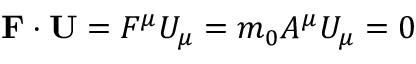
\mathbf { F } \cdot \mathbf { U } = F ^ { \mu } U _ { \mu } = m _ { 0 } A ^ { \mu } U _ { \mu } = 0